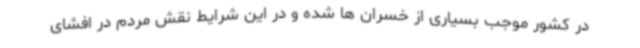
در کشور موجب بسیاری از خسران ها شده و در این شرایط نقش مردم در افشای